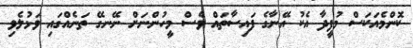
ކޮންމެއަކަސް މުފީދާ އެކު އޭނާގެ ފައިސާތައް ވެސް މީހުންނަށް ނޭނގޭ ތަނެއްގައި ވަޅުލެވި